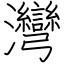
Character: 灣